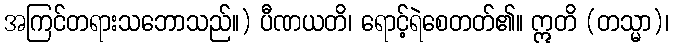
အကြင်တရားသဘောသည်။) ပီဏယတိ၊ ရောင့်ရဲစေတတ်၏။ ဣတိ (တသ္မာ)၊